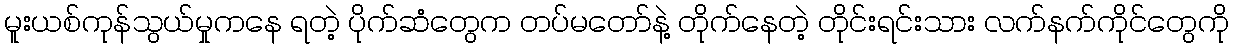
မူးယစ်ကုန်သွယ်မှုကနေ ရတဲ့ ပိုက်ဆံတွေက တပ်မတော်နဲ့ တိုက်နေတဲ့ တိုင်းရင်းသား လက်နက်ကိုင်တွေကို